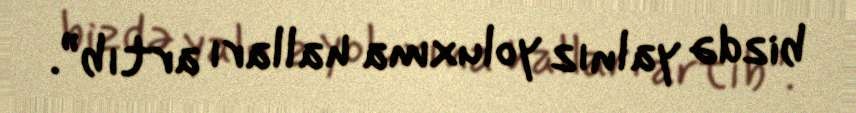
bizdə yalnız yoluxma halları artıb”.